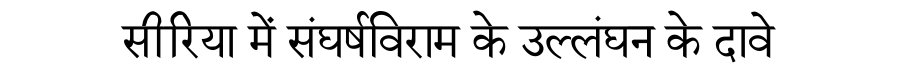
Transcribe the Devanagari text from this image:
सीरिया में संघर्षविराम के उल्लंघन के दावे